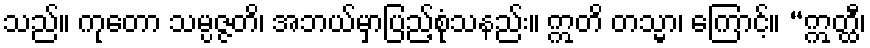
သည်။ ကုတော သမ္ပဇ္ဇတိ၊ အဘယ်မှာပြည့်စုံသနည်း။ ဣတိ တသ္မာ၊ ကြောင့်။ “ဣတ္ထီ၊